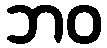
ဘဝ